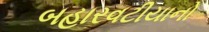
બહારવટીયાનો